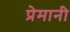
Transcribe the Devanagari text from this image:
प्रेमानी